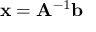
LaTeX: \mathbf { x } = \mathbf { A } ^ { - 1 } \mathbf { b }